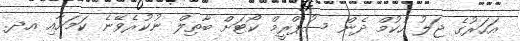
އަހަރުގެ ޖަލު ހުކުމް ދެން ސުޕްރީމް ކޯޓަށް ބާތިލް ނުކުރެވޭނެ ކަމަށާއި އދ.